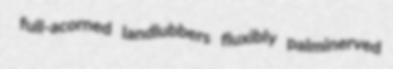
full-acorned landlubbers fluxibly palminerved